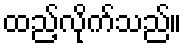
ထည့်လိုက်သည်။